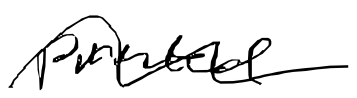
Text: printed
Cross-out: wave
Writing tool: digital_black